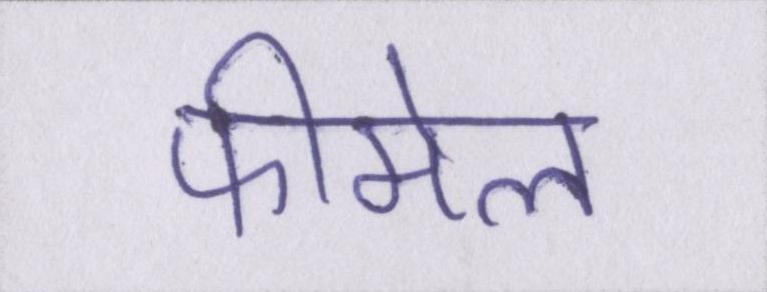
फीमेल